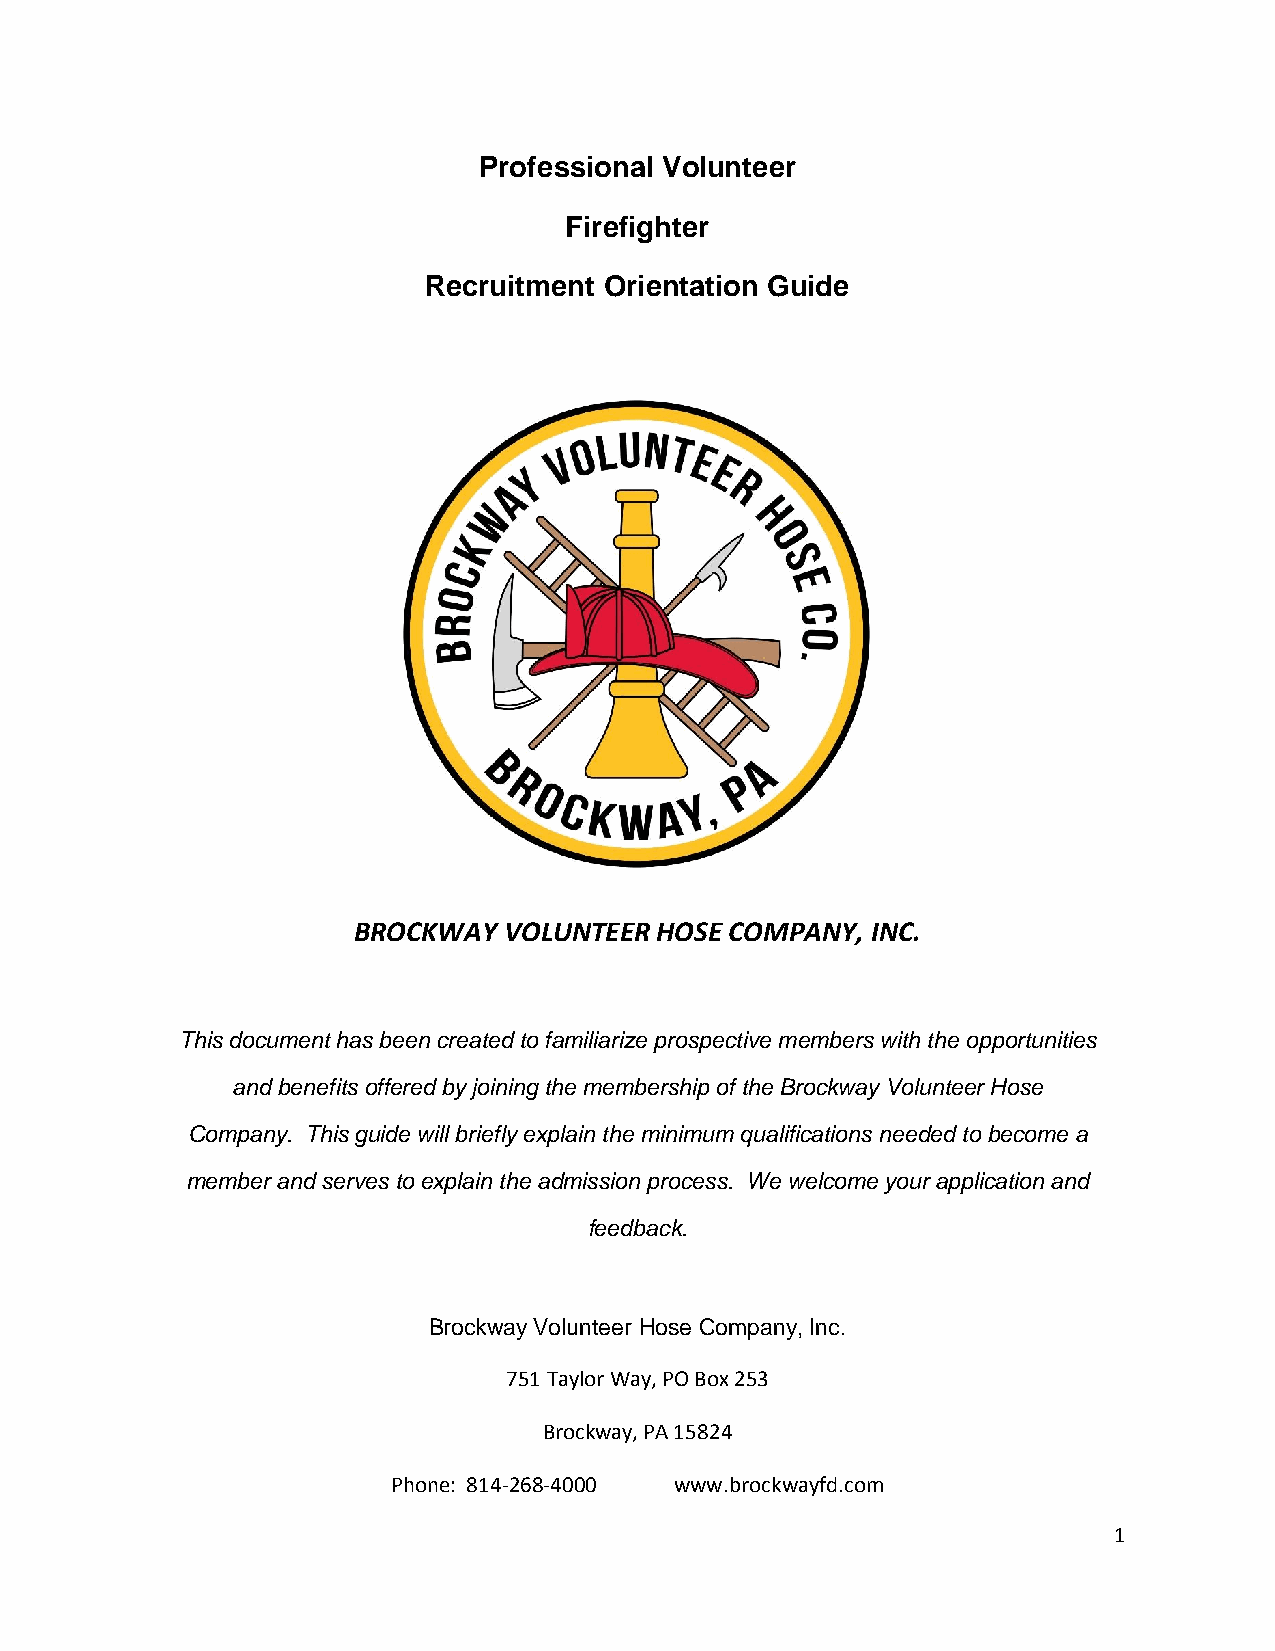
Professional Volunteer
 Firefighter
 Recruitment Orientation Guide
 BROCKWAY  VOLUNTEER HOSE COMPANY,  INC.
 This document has been created to familiarize prospective members with the opportunities
 and benefits offered by joining the membership of the Brockway Volunteer Hose
 Company. This guide will briefly explain the minimum qualifications needed to become a
 member and serves to explain the admission process. We welcome your application and
 feedback.
 Brockway Volunteer Hose Company, Inc.
 751 Taylor Way, PO Box 253
 Brockway, PA 15824
 Phone: 814-268-4000 www.brockwayfd.com
 1